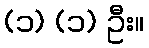
(၁) (၁) ဦး။